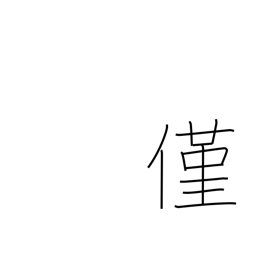
Meaning: a wee bit